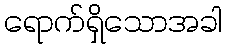
ရောက်ရှိသောအခါ